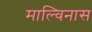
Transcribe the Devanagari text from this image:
माल्विनास